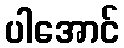
ပါအောင်